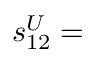
s _ { 1 2 } ^ { U } =